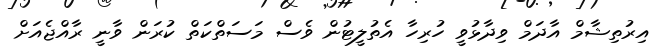
އިރުތިޝާމް އާދަމް ވިދާޅުވީ ހުރިހާ އެތުލީޓުން ވެސް މަސަތްކަތް ކުރަން ވާނީ ރާއްޖެއަށް